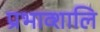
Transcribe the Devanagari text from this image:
प्रभाव्शालि